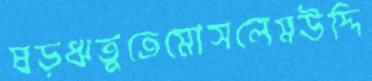
ষড়ঋতুতেমোসলেমউদ্দি